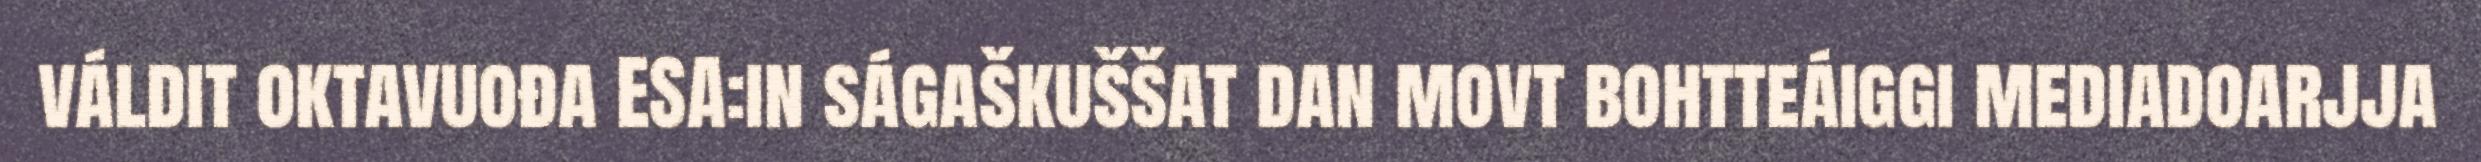
váldit oktavuođa ESA:in ságaškuššat dan movt bohtteáiggi mediadoarjja